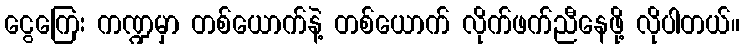
ငွေကြေး ကဏ္ဍမှာ တစ်ယောက်နဲ့ တစ်ယောက် လိုက်ဖက်ညီနေဖို့ လိုပါတယ်။